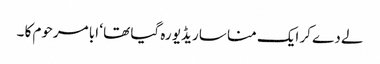
لے دے کر ایک منا سا ریڈیو رہ گیا تھا ‘ ابا مرحوم کا ۔